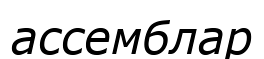
ассемблар